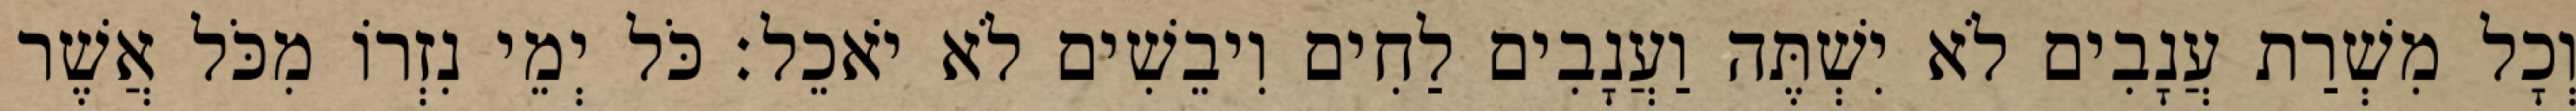
וְכָל מִשְׁרַת עֲנָבִים לֹא יִשְׁתֶּה וַעֲנָבִים לַחִים וִיבֵשִׁים לֹא יֹאכֵל׃ כֹּל יְמֵי נִזְרוֹ מִכֹּל אֲשֶׁר